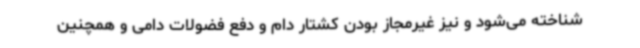
شناخته می‌شود و نیز غیرمجاز بودن کشتار دام و دفع فضولات دامی و همچنین